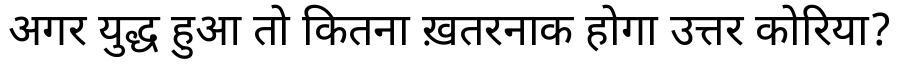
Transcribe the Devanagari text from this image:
अगर युद्ध हुआ तो कितना ख़तरनाक होगा उत्तर कोरिया?